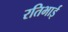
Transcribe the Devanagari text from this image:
रतिभाई